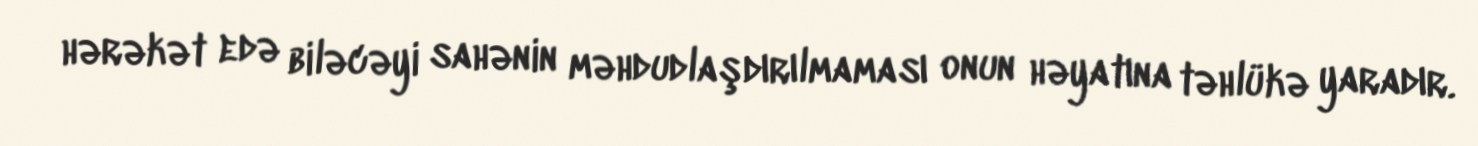
hərəkət edə biləcəyi sahənin məhdudlaşdırılmaması onun həyatına təhlükə yaradır.